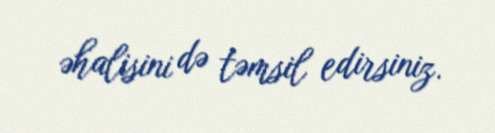
əhalisini də təmsil edirsiniz.